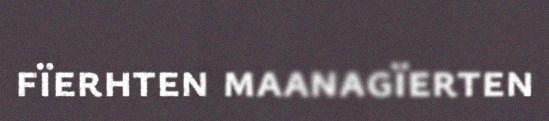
fïerhten maanagïerten